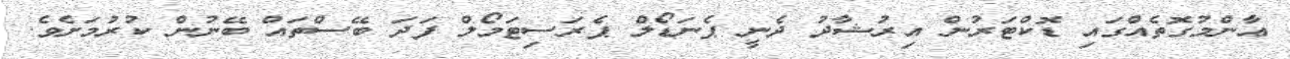
ޢާންމުގޮތެއްގައި ޑޮކްޓަރުން އިރުޝާދު ދެނީ ޕެނަޑޯލް ޕެރަސިޓަމޯލް ފަދަ ބޭސްތައް ބޭނުން ކުރުމަށެވެ.